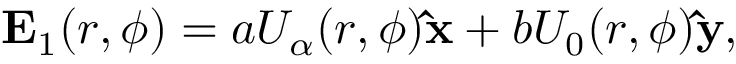
{ \bf E } _ { 1 } ( r , \phi ) = a U _ { \alpha } ( r , \phi ) { \bf \hat { x } } + b U _ { 0 } ( r , \phi ) { \bf \hat { y } } ,